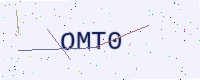
Text: OMT0